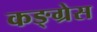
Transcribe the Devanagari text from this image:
कङ्ग्रेस